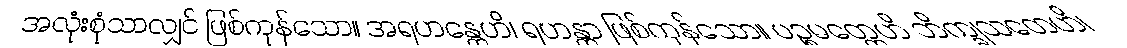
အလုံးစုံသာလျှင် ဖြစ်ကုန်သော။ အရဟန္တေဟိ၊ ရဟန္တာ ဖြစ်ကုန်သော။ ပဉ္စမတ္တေဟိ ဘိက္ခုသတေဟိ၊